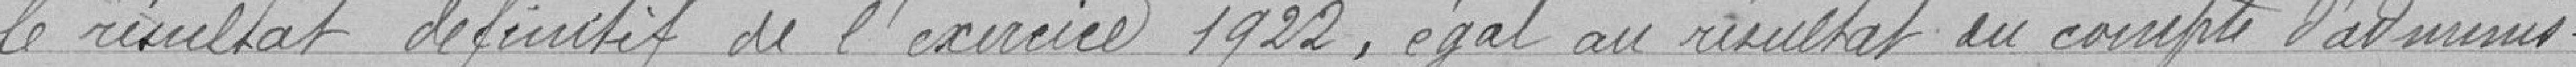
le résultat définitif de l'exercice 1922,égal au résultat du compte d'adminis-